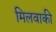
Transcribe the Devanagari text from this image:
मिलवाकी